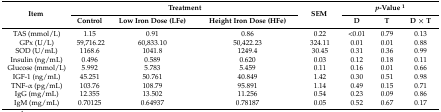
<table><thead><tr><td rowspan="2"><b>Item</b></td><td colspan="3"><b>Treatment</b></td><td rowspan="2"><b>SEM</b></td><td colspan="3"><b><i>p</i>-Value <sup>1</sup></b></td></tr><tr><td><b>Control</b></td><td><b>Low Iron Dose (LFe)</b></td><td><b>Height Iron Dose (HFe)</b></td><td><b>D</b></td><td><b>T</b></td><td><b>D × T</b></td></tr></thead><tbody><tr><td>TAS (mmol/L)</td><td>1.15</td><td>0.91</td><td>0.86</td><td>0.22</td><td>&lt;0.01</td><td>0.79</td><td>0.13</td></tr><tr><td>GPx (U/L)</td><td>59,716.22</td><td>60,833.10</td><td>50,422.23</td><td>324.11</td><td>0.01</td><td>0.01</td><td>0.88</td></tr><tr><td>SOD (U/mL)</td><td>1168.6</td><td>1041.8</td><td>1249.4</td><td>30.45</td><td>0.31</td><td>0.36</td><td>0.99</td></tr><tr><td>Insulin (ng/mL)</td><td>0.496</td><td>0.589</td><td>0.620</td><td>0.03</td><td>0.12</td><td>0.18</td><td>0.11</td></tr><tr><td>Glucose (mmol/L)</td><td>5.992</td><td>5.783</td><td>5.459</td><td>0.11</td><td>0.16</td><td>0.01</td><td>0.66</td></tr><tr><td>IGF-1 (ng/mL)</td><td>45.251</td><td>50.761</td><td>40.849</td><td>1.42</td><td>0.30</td><td>0.51</td><td>0.98</td></tr><tr><td>TNF-α (pg/mL)</td><td>103.76</td><td>108.79</td><td>95.891</td><td>1.14</td><td>0.49</td><td>0.15</td><td>0.71</td></tr><tr><td>IgG (mg/mL)</td><td>12.355</td><td>13.502</td><td>11.256</td><td>0.54</td><td>0.23</td><td>0.09</td><td>0.86</td></tr><tr><td>IgM (mg/mL)</td><td>0.70125</td><td>0.64937</td><td>0.78187</td><td>0.05</td><td>0.52</td><td>0.67</td><td>0.17</td></tr></tbody></table>